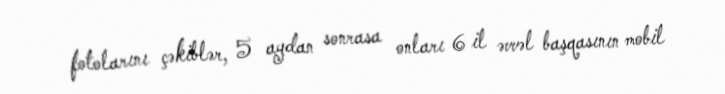
fotolarını çəkiblər, 5 aydan sonrasa onları 6 il əvvəl başqasının mobil